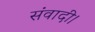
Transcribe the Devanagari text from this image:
संवादी।